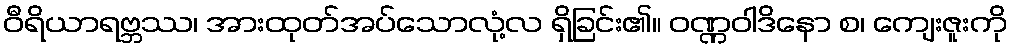
ဝီရိယာရဗ္ဘဿ၊ အားထုတ်အပ်သောလုံ့လ ရှိခြင်း၏။ ဝဏ္ဏဝါဒိနော စ၊ ကျေးဇူးကို